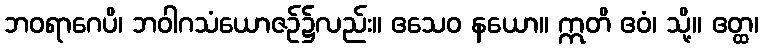
ဘဝရာဂေပိ၊ ဘဝါဂသံယောဇဉ်၌လည်း။ ဧသေဝ နယော။ ဣတိ ဧဝံ၊ သို့။ ဧတ္ထ၊